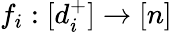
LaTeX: f_{i}:[d_{i}^{+}]\rightarrow[n]